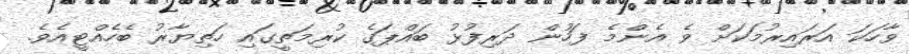
ވާހަކަ އަރައިރުމަކަށް ވެ އެންމެ ފަހުން ދަރިފުޅު ބައްޕަގެ ކުރިމަތީގައި ހަތިޔާރު ބެހެއްޓީއެވެ.